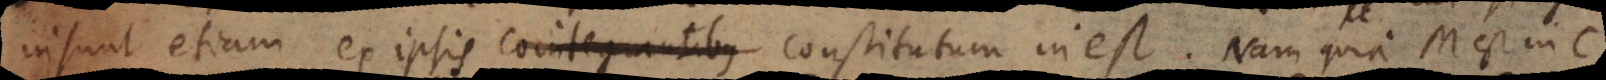
insunt etiam ex ipsis cointegrantibus constitutum inest. Nam quia M est in C,